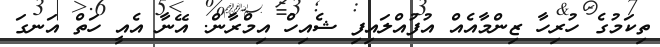
ތިކަމުގެ ހުރިހާ ޒިންމާއެއް އުފުއްލައިފި ޝެއިހް އިމްރާން. އޭނާ އެއީ ހަތް އަނގަ